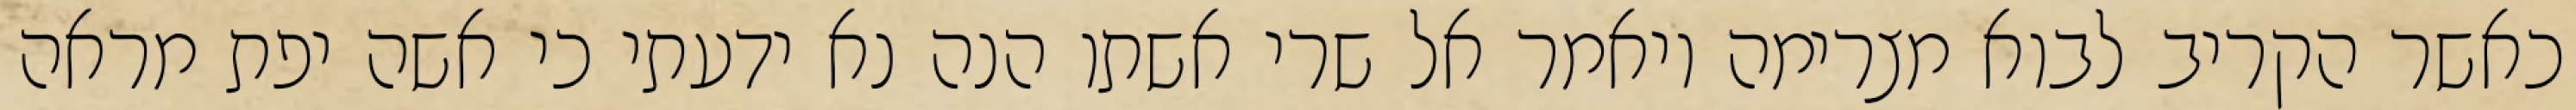
כאשר הקריב לבוא מצרימה ויאמר אל שרי אשתו הנה נא ידעתי כי אשה יפת מראה